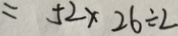
= 5 2 \times 2 6 \div 2